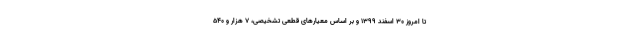
تا امروز ۳۰ اسفند ۱۳۹۹ و بر اساس معیارهای قطعی تشخیصی، ۷ هزار و ۵۴۰